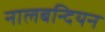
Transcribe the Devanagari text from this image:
नालबन्दियन